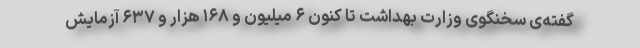
گفته‌ی سخنگوی وزارت بهداشت تا کنون ۶ میلیون و ۱۶۸ هزار و ۶۳۷ آزمایش